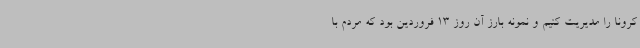
کرونا را مدیریت کنیم و نمونه بارز آن روز 13 فروردین بود که مردم با